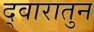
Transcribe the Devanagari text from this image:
द्वारातुन